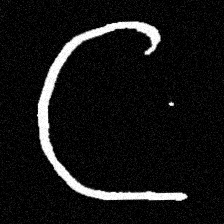
Pyu character \u2014 Myanmar letter: ဋ (romanized: tta)